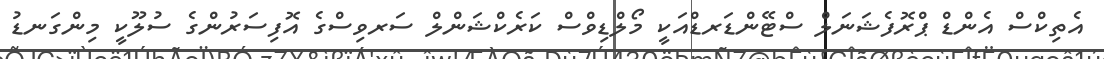
އެތިކްސް އެންޑް ޕްރޮފެޝަނަލް ސްޓޭންޑަރޑްއަކީ މޯލްޑިވްސް ކަރެކްޝަންލް ސަރވިސްގެ އޮފިސަރުންގެ ސުލޫކީ މިންގަނޑު